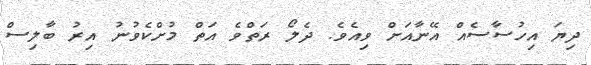
ދިޔަ އިހުސާސެއް އޭނާއަށް ވިއެވެ. ދެލޯ ރަތްވެ އަތް މުށްކެވުނު އިރު ބާލިސް